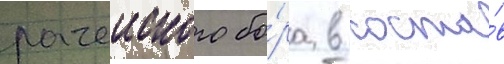
рачеиского бо́ра в соста́в